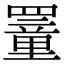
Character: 罿